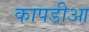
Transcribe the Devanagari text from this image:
कापडीआ